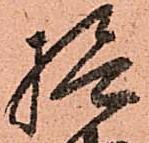
檢